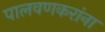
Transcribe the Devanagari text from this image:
पालवणकरांना